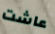
عاشت